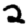
Digit: 2